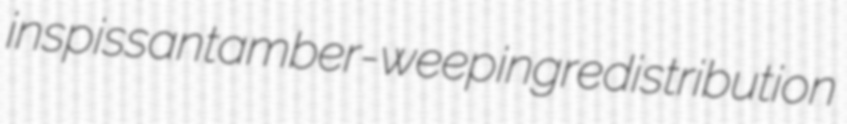
inspissant amber-weeping redistribution